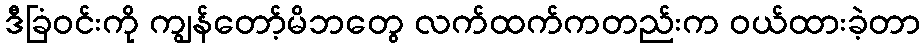
ဒီခြံဝင်းကို ကျွန်တော့်မိဘတွေ လက်ထက်ကတည်းက ဝယ်ထားခဲ့တာ